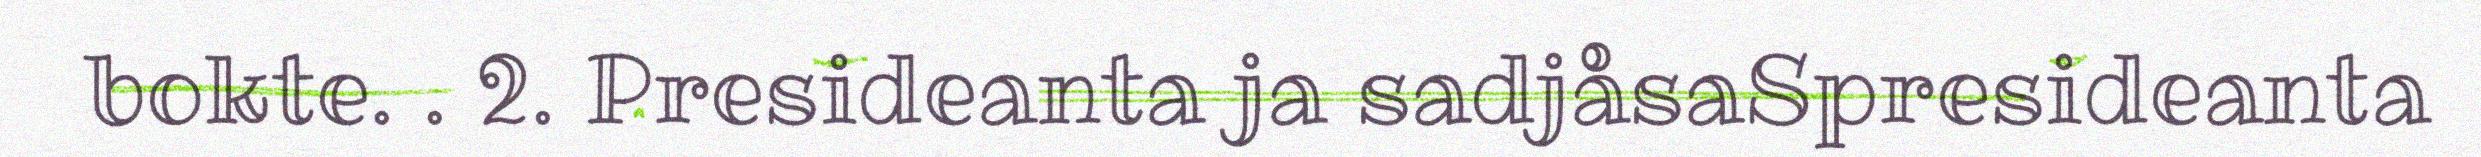
bokte. . 2. Presideanta ja sadjåsaSpresideanta